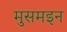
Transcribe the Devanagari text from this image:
मुसमइन